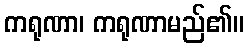
ကရုဏာ၊ ကရုဏာမည်၏။